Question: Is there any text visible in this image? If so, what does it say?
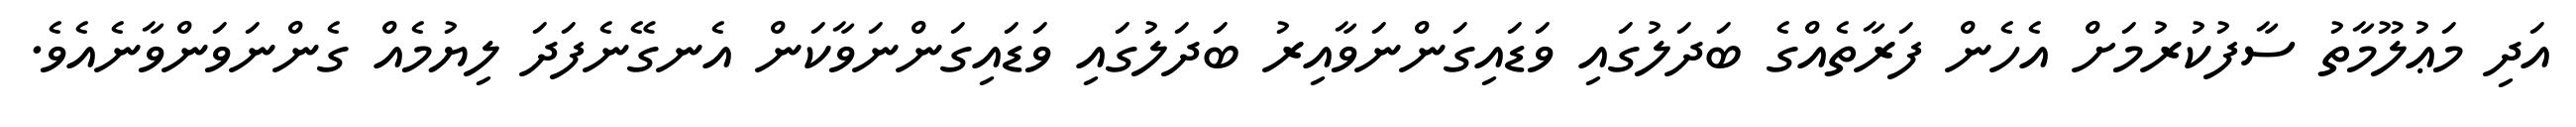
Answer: އަދި މަޢުލޫމާތު ސާފުކުރުމަށް އެހެން ފަރާތެއްގެ ބަދަލުގައި ވަޑައިގަންނަވާއިރު ބަދަލުގައި ވަޑައިގަންނަވާކަން އެނގޭނެފަދަ ލިޔުމެއް ގެންނަވަންވާނެއެވެ.